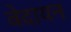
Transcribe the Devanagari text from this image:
वेदायन